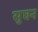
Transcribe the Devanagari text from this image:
सुघन